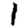
Digit: 1